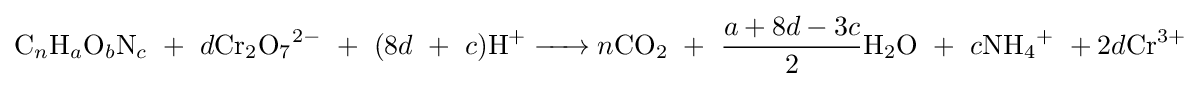
{\ce {C}}_{n}{\ce {H}}_{a}{\ce {O}}_{b}{\ce {N}}_{c}\ +\ d{\ce {Cr2O7^2-}}\ +\ (8d\ +\ c){\ce {H+ ->}}n{\ce {CO2}}\ +\ {\frac {a+8d-3c}{2}}{\ce {H2O}}\ +\ c{\ce {NH4+}}\ +2d{\ce {Cr^3+}}